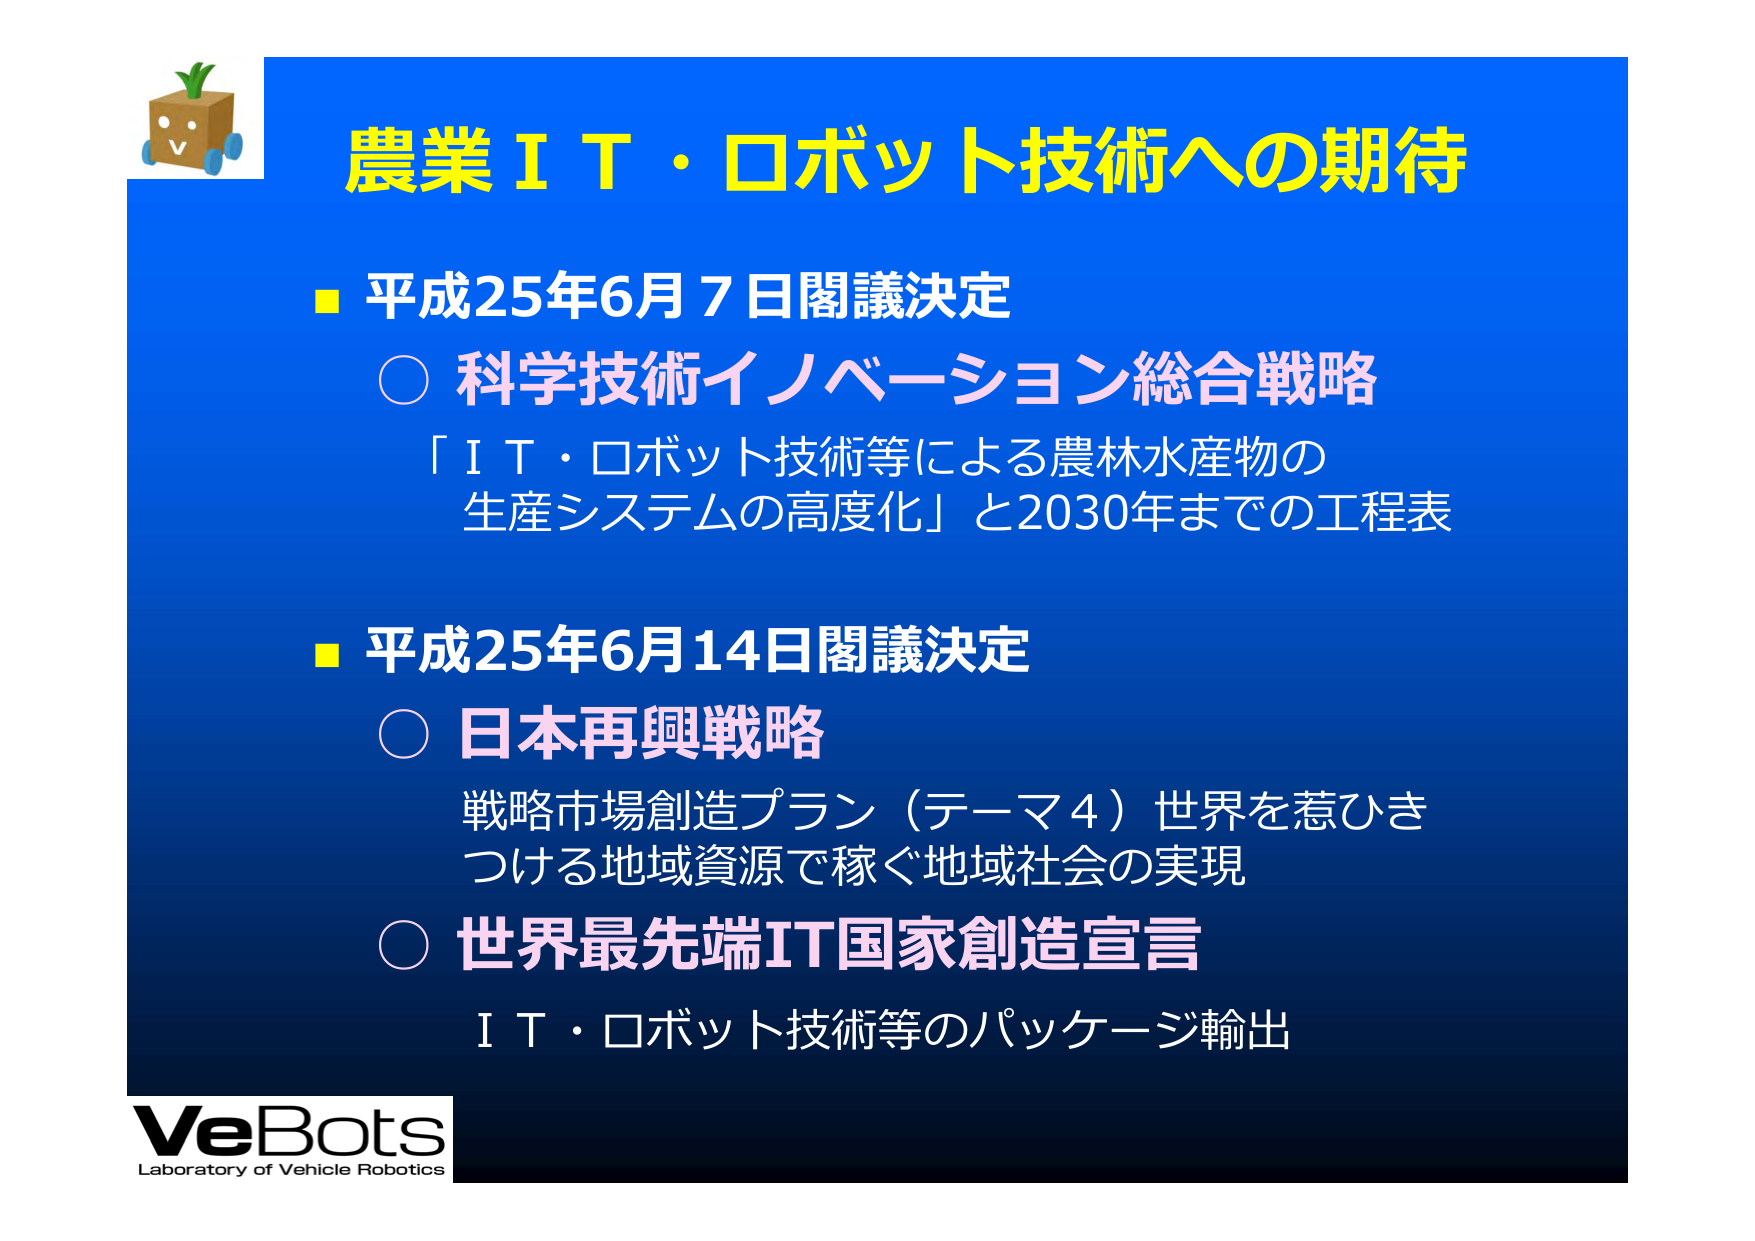
農業ＩＴ・ロボット技術への期待

■ 平成25年6月7日閣議決定
○ 科学技術イノベーション総合戦略
「ＩＴ・ロボット技術等による農林水産物の
生産システムの高度化」と2030年までの工程表

■ 平成25年6月14日閣議決定
○ 日本再興戦略
戦略市場創造プラン（テーマ4）世界を惹ひき
つける地域資源で稼ぐ地域社会の実現
○ 世界最先端IT国家創造宣言
ＩＴ・ロボット技術等のパッケージ輸出

VeBots
Laboratory of Vehicle Robotics